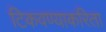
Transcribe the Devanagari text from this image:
टिकवण्याकरिता